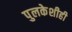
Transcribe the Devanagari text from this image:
पुलकेशीही